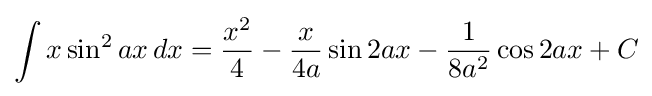
\int x\sin ^{2}{ax}\,dx={\frac {x^{2}}{4}}-{\frac {x}{4a}}\sin 2ax-{\frac {1}{8a^{2}}}\cos 2ax+C